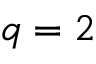
q = 2